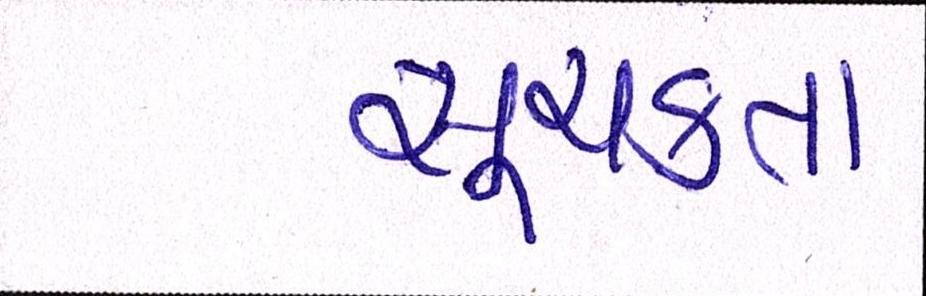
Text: સૂચકતા